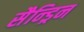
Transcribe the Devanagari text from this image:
सैन्ड्रिन